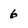
Character: 6